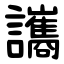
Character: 讗